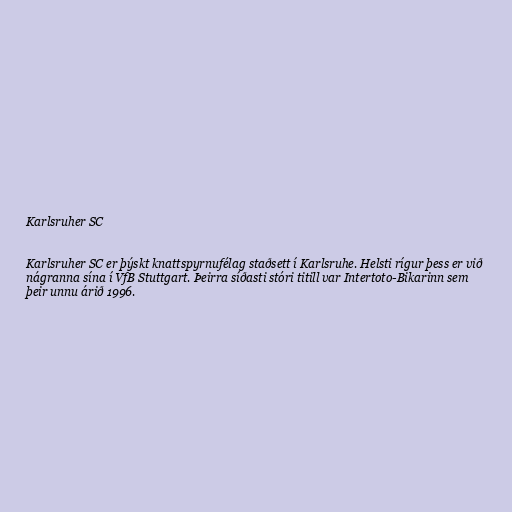
Karlsruher SC

Karlsruher SC er þýskt knattspyrnufélag staðsett í Karlsruhe. Helsti rígur þess er við
nágranna sína í VfB Stuttgart. Þeirra síðasti stóri titill var Intertoto-Bikarinn sem
þeir unnu árið 1996.